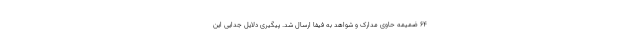
۶۴ ضمیمه حاوی مدارک و شواهد به فیفا ارسال شد. پیگیری دلایل جدایی این